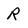
Character: R